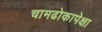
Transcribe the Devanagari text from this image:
चामढोकापेक्षा